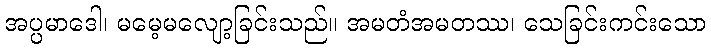
အပ္ပမာဒေါ၊ မမေ့မလျော့ခြင်းသည်။ အမတံအမတဿ၊ သေခြင်းကင်းသော